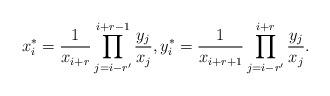
LaTeX: \begin{align*}x_i^*=\frac1{x_{i+r}}\prod_{j=i-r'}^{i+r-1}\frac{y_j}{x_j}, y_i^*=\frac1{x_{i+r+1}}\prod_{j=i-r'}^{i+r}\frac{y_j}{x_j}.\end{align*}